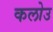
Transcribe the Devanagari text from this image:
कलोउ